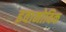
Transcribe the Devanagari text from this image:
इवानोविक